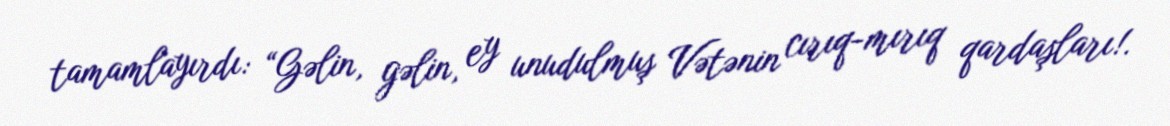
tamamlayırdı: “Gəlin, gəlin, ey unudulmuş Vətənin cırıq-mırıq qardaşları!.